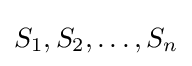
S_{1},S_{2},\ldots ,S_{n}